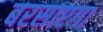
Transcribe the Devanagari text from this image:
बरसाएगा